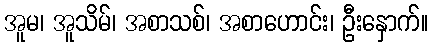
အူမ၊ အူသိမ်၊ အစာသစ်၊ အစာဟောင်း၊ ဦးနှောက်။